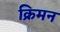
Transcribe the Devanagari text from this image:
क्रिमन